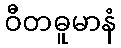
ဝီတဓူမာနံ